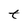
Character: t